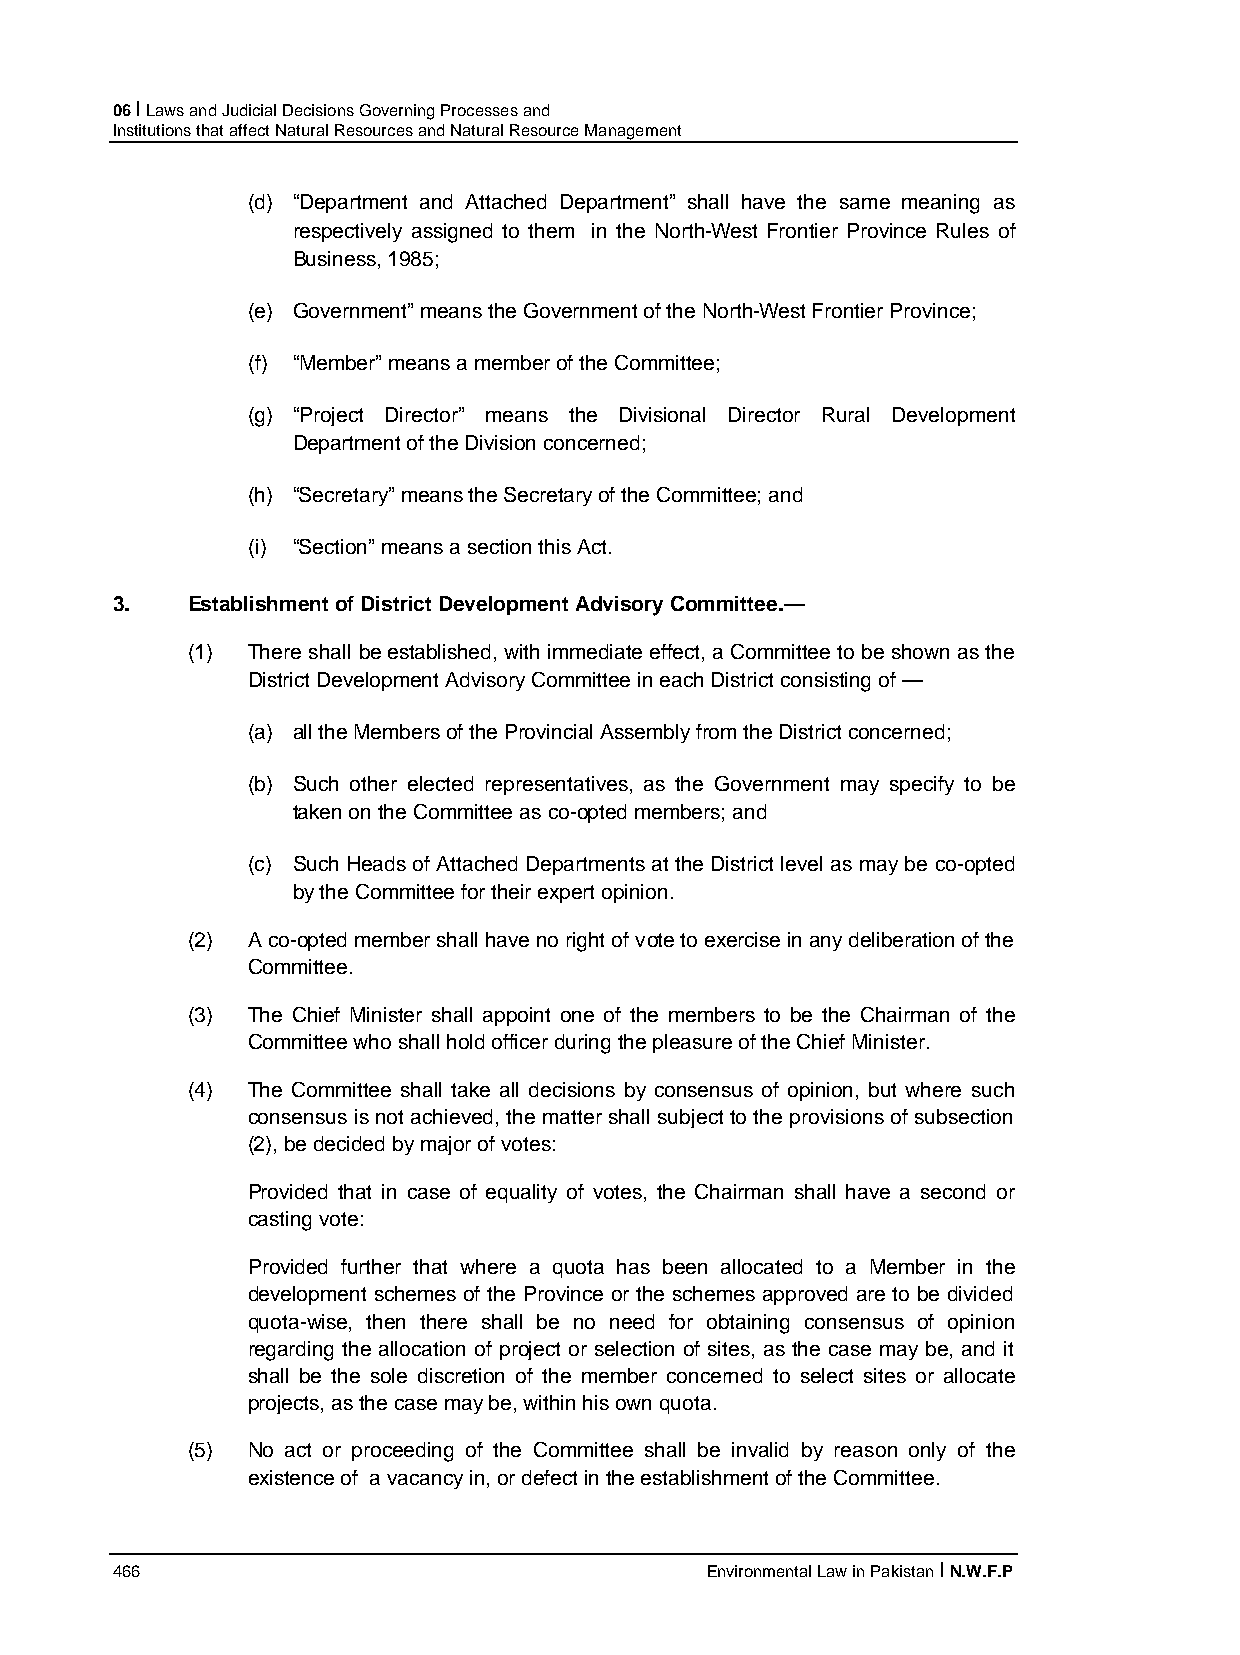
06 I Laws and Judicial Decisions Governing Processes and
 Institutions that affect Natural Resources and Natural Resource Management
 (d) “Department and Attached Department” shall have the same meaning as
 respectively assigned to them in the North-West Frontier Province Rules of
 Business, 1985;
 (e) Government” means the Government of the North-West Frontier Province;
 (f) “Member” means a member of the Committee;
 (g) “Project Director” means the Divisional Director Rural Development
 Department of the Division concerned;
 (h) “Secretary” means the Secretary of the Committee; and
 (i) “Section” means a section this Act.
 3.   Establishment of District Development Advisory Committee.—
 (1) There shall be established, with immediate effect, a Committee to be shown as the
 District Development Advisory Committee in each District consisting of —
 (a) all the Members of the Provincial Assembly from the District concerned;
 (b) Such other elected representatives, as the Government may specify to be
 taken on the Committee as co-opted members; and
 (c) Such Heads of Attached Departments at the District level as may be co-opted
 by the Committee for their expert opinion.
 (2) A co-opted member shall have no right of vote to exercise in any deliberation of the
 Committee.
 (3) The Chief Minister shall appoint one of the members to be the Chairman of the
 Committee who shall hold officer during the pleasure of the Chief Minister.
 (4) The Committee shall take all decisions by consensus of opinion, but where such
 consensus is not achieved, the matter shall subject to the provisions of subsection
 (2), be decided by major of votes:
 Provided that in case of equality of votes, the Chairman shall have a second or
 casting vote:
 Provided further that where a quota has been allocated to a Member in the
 development schemes of the Province or the schemes approved are to be divided
 quota-wise, then there shall be no need for obtaining consensus of opinion
 regarding the allocation of project or selection of sites, as the case may be, and it
 shall be the sole discretion of the member concerned to select sites or allocate
 projects, as the case may be, within his own quota.
 (5) No act or proceeding of the Committee shall be invalid by reason only of the
 existence of a vacancy in, or defect in the establishment of the Committee.
 466                                     Environmental Law in Pakistan I N.W.F.P